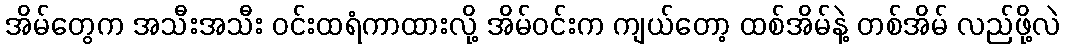
အိမ်တွေက အသီးအသီး ဝင်းထရံကာထားလို့ အိမ်ဝင်းက ကျယ်တော့ ထစ်အိမ်နဲ့ တစ်အိမ် လည်ဖို့လဲ